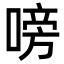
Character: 嗙